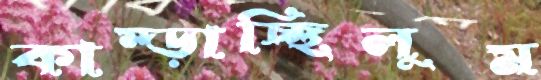
কাম্‌ড়াচ্ছিলুম